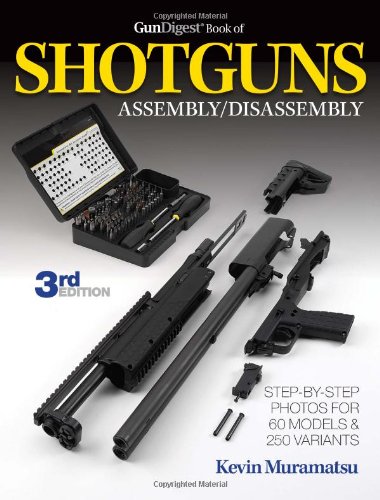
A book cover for The Gun Digest Book of Shotguns Assembly/Disassembly; Kevin Muramatsu; Crafts, Hobbies & Home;